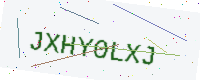
Text: JXHY0LXJ